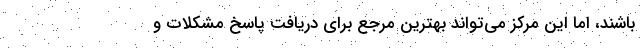
باشند، اما این مرکز می‌تواند بهترین مرجع برای دریافت پاسخ مشکلات و